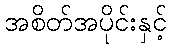
အစိတ်အပိုင်းနှင့်